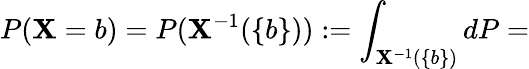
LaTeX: P(\mathbf{X}=b)=P(\mathbf{X}^{-1}(\{ b\} )):=\int_{\mathbf{X}^{-1}(\{ b\} )}dP=